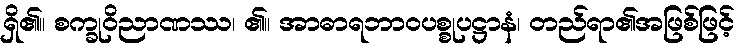
ရှိ၏။ စက္ခုဝိညာဏဿ၊ ၏။ အာဓာရဘာဝပစ္စုပဋ္ဌာနံ၊ တည်ရာ၏အဖြစ်ဖြင့်